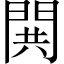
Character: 閧